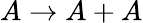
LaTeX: A\to A+A